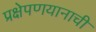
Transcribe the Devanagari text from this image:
प्रक्षेपणयानाची